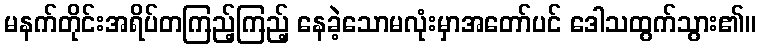
မနက်တိုင်းအရိပ်တကြည့်ကြည့် နေခဲ့သောမလုံးမှာအတော်ပင် ဒေါသထွက်သွား၏။